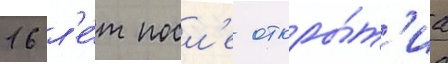
16 л'е́т посл'е откры́т'иа